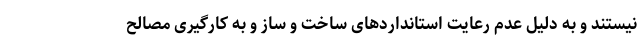
نیستند و به دلیل عدم رعایت استانداردهای ساخت و ساز و به کارگیری مصالح